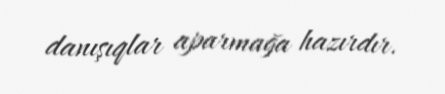
danışıqlar aparmağa hazırdır.